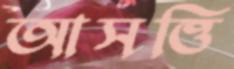
আসত্তি